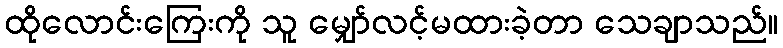
ထိုလောင်းကြေးကို သူ မျှော်လင့်မထားခဲ့တာ သေချာသည်။